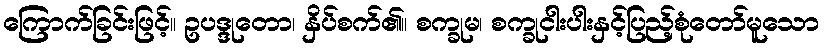
ကြောက်ခြင်းဖြင့်။ ဥပဒ္ဒုတော၊ နှိပ်စက်၏။ စက္ခုမ၊ စက္ခုငါးပါးနှင့်ပြည့်စုံတော်မူသော